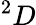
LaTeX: {}^{2}D